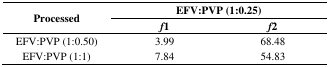
<table><thead><tr><td rowspan="2"><b>Processed</b></td><td colspan="2"><b>EFV:PVP (1:0.25)</b></td></tr><tr><td><b><i>f</i>1</b></td><td><b><i>f</i>2</b></td></tr></thead><tbody><tr><td>EFV:PVP (1:0.50)</td><td>3.99</td><td>68.48</td></tr><tr><td>EFV:PVP (1:1)</td><td>7.84</td><td>54.83</td></tr></tbody></table>